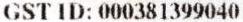
GST ID: 000381399040